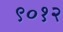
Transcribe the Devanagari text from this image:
९०१२